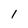
Character: l